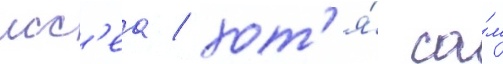
исс'еа / хот'я́ са́м